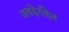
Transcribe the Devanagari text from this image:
जबड़ेरहित